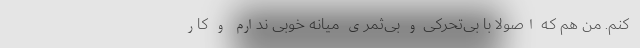
کنم. من هم که اصولاً با بی‌تحرکی و بی‌ثمری میانه خوبی ندارم و کار